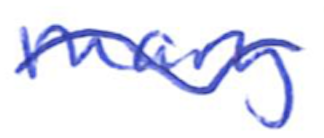
Text: Mary
Cross-out: wave
Writing tool: ballpoint